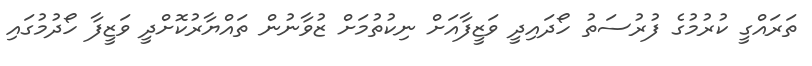
ތަރައްގީ ކުރުމުގެ ފުރުސަތު ހޯދައިދީ ވަޒީފާއަށް ނިކުތުމަށް ޒުވާނުން ތައްޔާރުކޮށްދީ ވަޒީފާ ހޯދުމުގައި